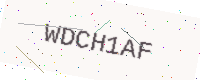
Text: WDCH1AF